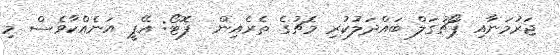
ޖަރުމަނާއި ޕޯޗުގަލް ބައްދަލުކުރި މެޗުގެ ތެރެއިން  ފޮޓޯ: އޭޕީ އަނެއްކާވެސް މި